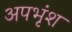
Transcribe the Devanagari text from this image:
अपभृंश